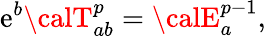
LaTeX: \mathrm{e}^{b}{\calT}_{ab}^{p}={\calE}_{a}^{p-1},